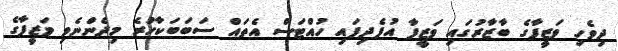
ދިވެހި ވަޒީފާގެ ބާޒާރުގައި ވަޒީފާ އުފެދިފައި ހުއްޓަސް އެތައް ސަބަބަކާހުރެ މިދެންނެވި ވަޒީފާގެ